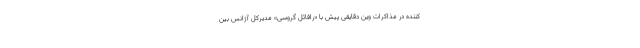
کننده در مذاکرات وین دقایقی پیش با «رافائل گروسی» مدیرکل آژانس بین